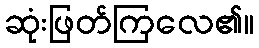
ဆုံးဖြတ်ကြလေ၏။